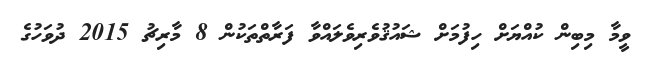
ވީމާ މިބިން ކުއްޔަށް ހިފުމަށް ޝައުޤުވެރިވެލައްވާ ފަރާތްތަކުން 8 މާރިޗު 2015 ދުވަހުގެ